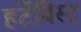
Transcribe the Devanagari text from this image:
हर्टेबिस्ट